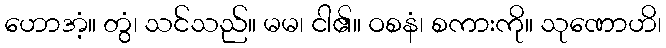
ဟောအံ့။ တွံ၊ သင်သည်။ မမ၊ ငါ၏။ ဝစနံ၊ စကားကို။ သုဏောဟိ၊